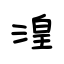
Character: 湟